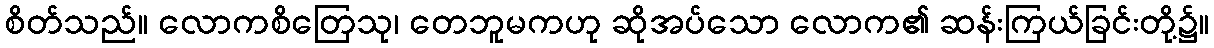
စိတ်သည်။ လောကစိတြေသု၊ တေဘူမကဟု ဆိုအပ်သော လောက၏ ဆန်းကြယ်ခြင်းတို့၌။